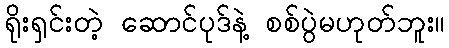
ရိုးရှင်းတဲ့ ဆောင်ပုဒ်နဲ့ စစ်ပွဲမဟုတ်ဘူး။